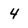
Character: 4